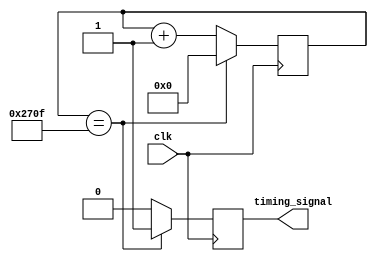
module periodic_timer (
    input clk,
    output reg timing_signal
);

parameter PERIOD = 10000; // specify the period of the timer

reg [31:0] counter;

always @ (posedge clk) begin
    if (counter == PERIOD - 1) begin
        timing_signal <= 1;
        counter <= 0;
    end else begin
        timing_signal <= 0;
        counter <= counter + 1;
    end
end

endmodule